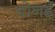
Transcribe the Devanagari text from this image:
बोनई